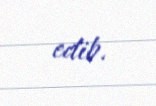
edib.